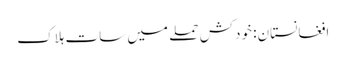
افغانستان: خودکش حملے میں سات ہلاک